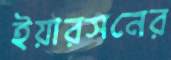
ইয়ারসনের